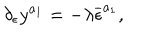
\delta _ { \epsilon } y ^ { a _ { 1 } } = - \lambda \overline { { { \epsilon } } } ^ { a _ { 1 } } ,